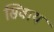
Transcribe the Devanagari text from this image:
सिवाय